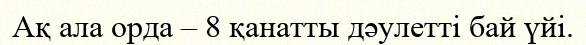
Ақ ала орда – 8 қанатты дәулетті бай үйі.